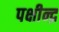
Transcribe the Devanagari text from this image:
पक्षीन्द्र